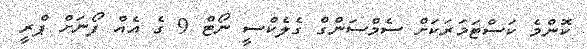
ކޮންމެ ކަސްޓަމަރަކަށް ސެމްސަންގް ގެލެކްސީ ނޯޓް 9 ގެ އެއް ފޯނަށް ޕްރީ